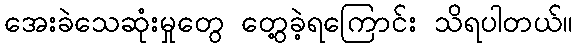
အေးခဲသေဆုံးမှုတွေ တွေ့ခဲ့ရကြောင်း သိရပါတယ်။